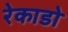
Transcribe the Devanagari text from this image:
रेकाडो